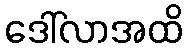
ဒေါ်လာအထိ